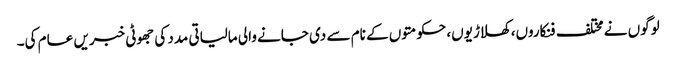
لوگوں نے مختلف فنکاروں، کھلاڑیوں، حکومتوں کے نام سے دی جانے والی مالیاتی مدد کی جھوٹی خبریں عام کی۔